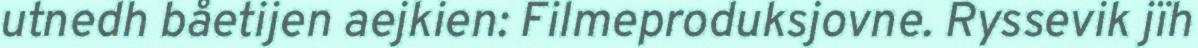
utnedh båetijen aejkien: Filmeproduksjovne. Ryssevik jïh